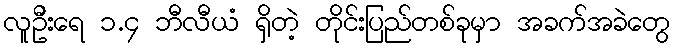
လူဦးရေ ၁.၄ ဘီလီယံ ရှိတဲ့ တိုင်းပြည်တစ်ခုမှာ အခက်အခဲတွေ